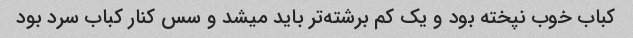
کباب خوب نپخته بود و یک کم برشته‌تر باید میشد و سس کنار کباب سرد بود